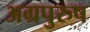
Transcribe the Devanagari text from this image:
अग्रपुरुष